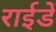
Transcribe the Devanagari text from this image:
राईडें